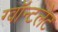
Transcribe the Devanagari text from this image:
ग्वॉन्टलेट